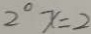
2 ^ { \circ } x = 2